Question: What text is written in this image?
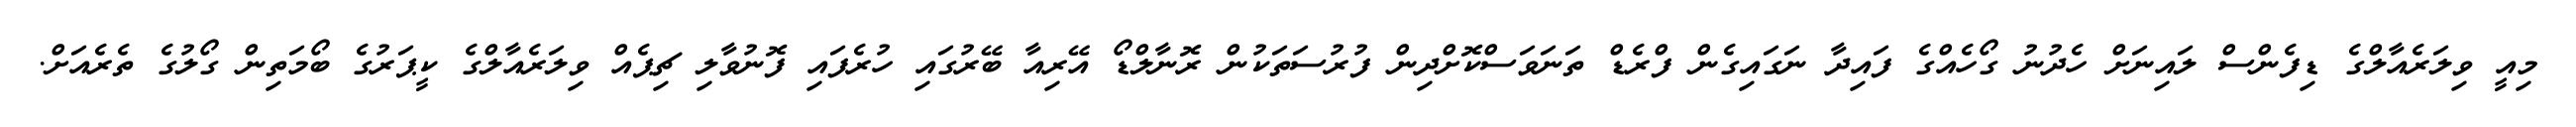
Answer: މިއީ ވިލަރެއާލްގެ ޑިފެންސް ލައިނަށް ހެދުނު ގޯހެއްގެ ފައިދާ ނަގައިގެން ފްރެޑް ތަނަވަސްކޮށްދިން ފުރުސަތަކުން ރޮނާލްޑޯ އޭރިއާ ބޭރުގައި ހުރެފައި ފޮނުވާލި ޗިޕެއް ވިލަރެއާލްގެ ކީޕަރުގެ ބޯމަތިން ގޯލުގެ ތެރެއަށް.